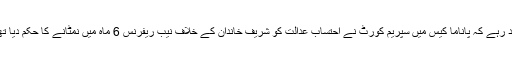
یاد رہے کہ پاناما کیس میں سپریم کورٹ نے احتساب عدالت کو شریف خاندان کے خلاف نیب ریفرنس 6 ماہ میں نمٹانے کا حکم دیا تھا۔